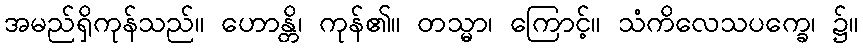
အမည်ရှိကုန်သည်။ ဟောန္တိ၊ ကုန်၏။ တသ္မာ၊ ကြောင့်။ သံကိလေသပက္ခေ၊ ၌။